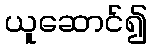
ယူဆောင်၍